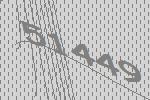
51449